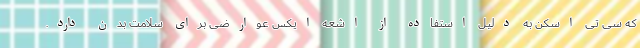
که سی تی اسکن به دلیل استفاده از اشعه ایکس عوارضی برای سلامت بدن دارد.